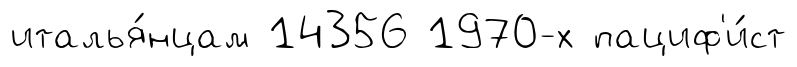
италья́нцам 14356 1970-х пациф'и́ст